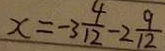
x = - 3 \frac { 4 } { 1 2 } - 2 \frac { 9 } { 1 2 }